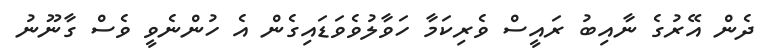
ދެން އޭރުގެ ނާއިބު ރައީސް ވެރިކަމާ ހަވާލުވެވަޑައިގެން އެ ހުންނެވީ ވެސް ގާނޫނު